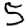
Digit: 5